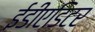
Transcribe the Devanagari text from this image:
ईडीएडिटर